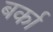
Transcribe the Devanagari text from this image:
बर्का